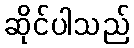
ဆိုင်ပါသည်